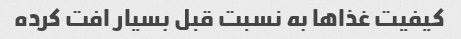
کیفیت غذاها به نسبت قبل بسیار افت کرده